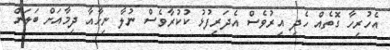
އެހުރިހާ ގޮތެއް ހެދި އިރުވެސް އެދަރިފުޅު ކުކުރާވެސް ނުލާ ނިހާއާ ދިމާއަށް ބަލަން